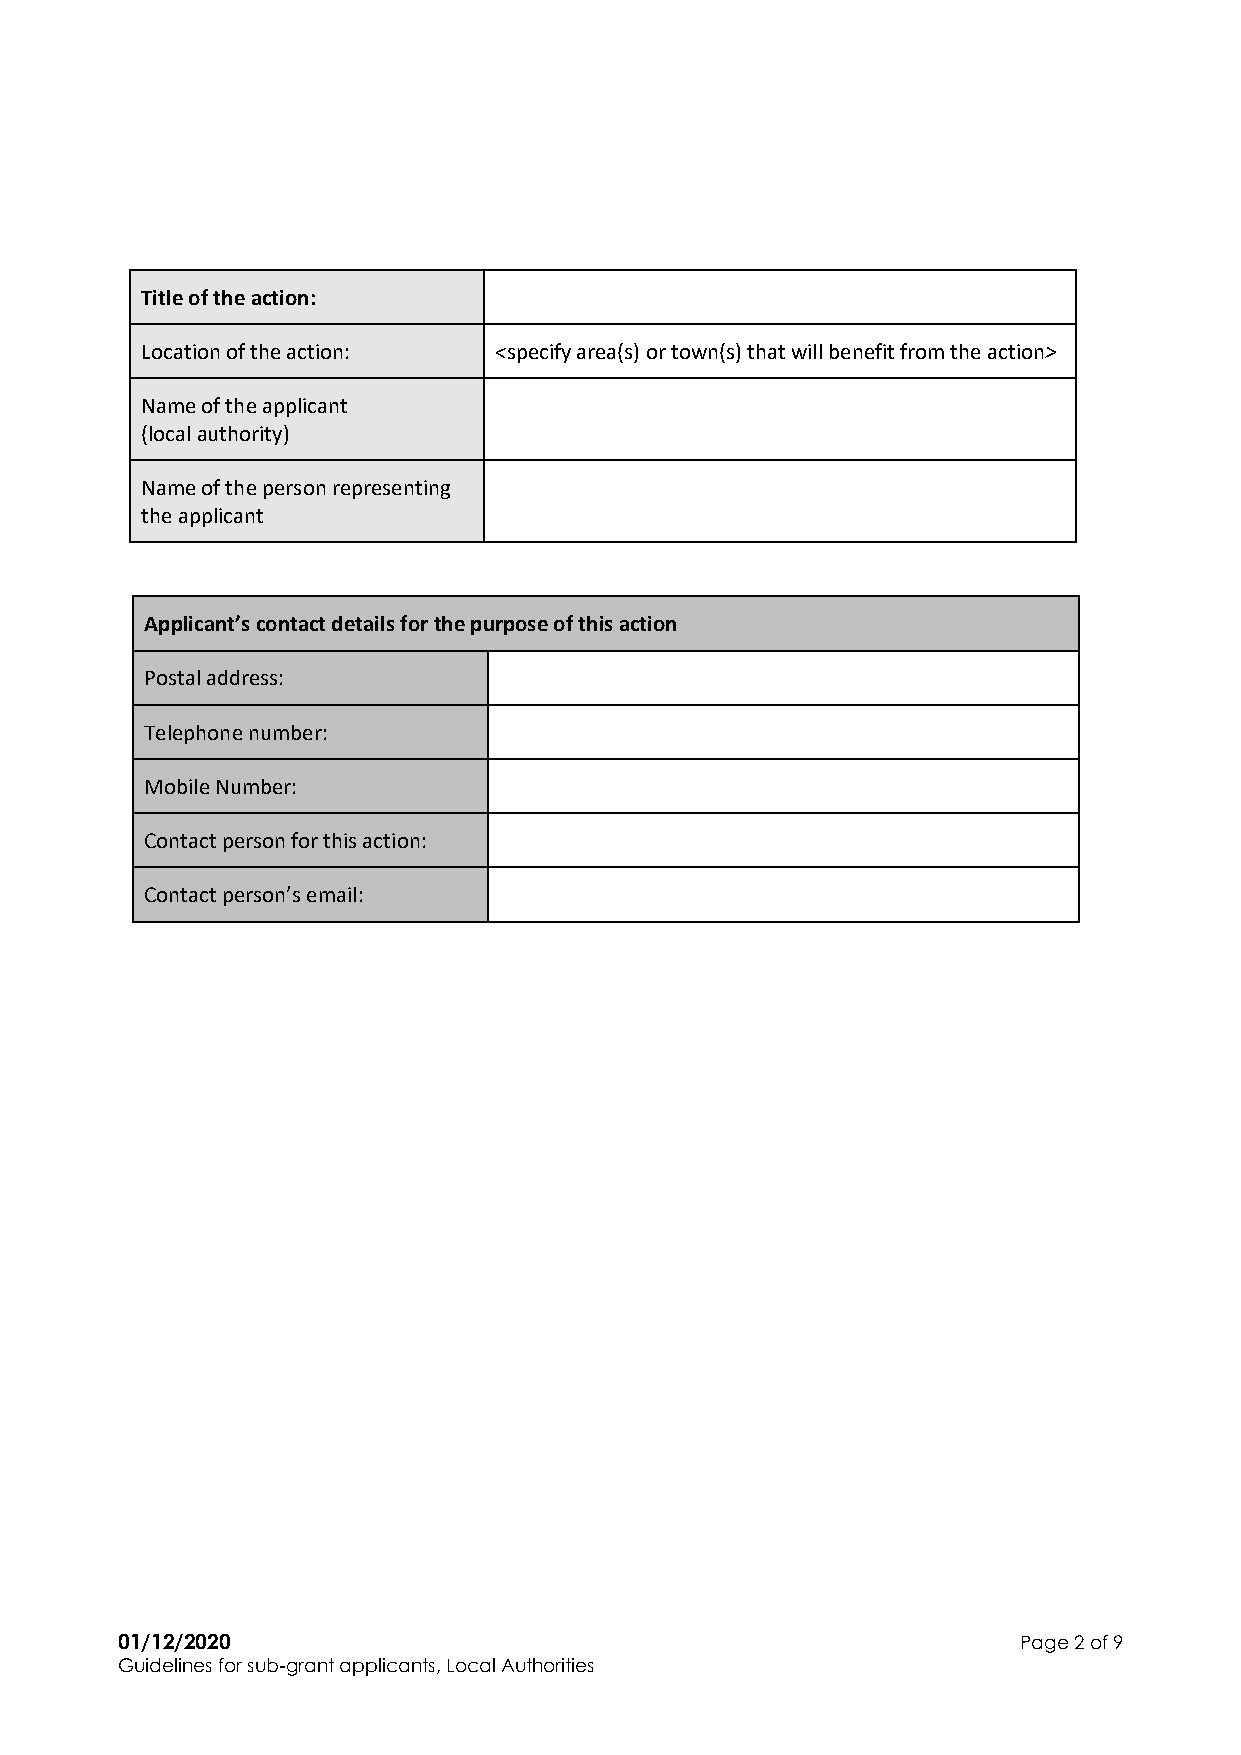
Title of the action:
 Location of the action: <specify area(s) or town(s) that will benefit from the action>
 Name of the applicant
 (local authority)
 Name of the person representing
 the applicant
 Applicant’s contact details for the purpose of this action
 Postal address:
 Telephone number:
 Mobile Number:
 Contact person for this action:
 Contact person’s email:
 01/12/2020                                                  Page 2 of 9
 Guidelines for sub-grant applicants, Local Authorities